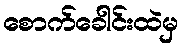
စောက်ခေါင်းထဲမှ